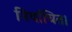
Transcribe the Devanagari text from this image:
निर्वाचित।